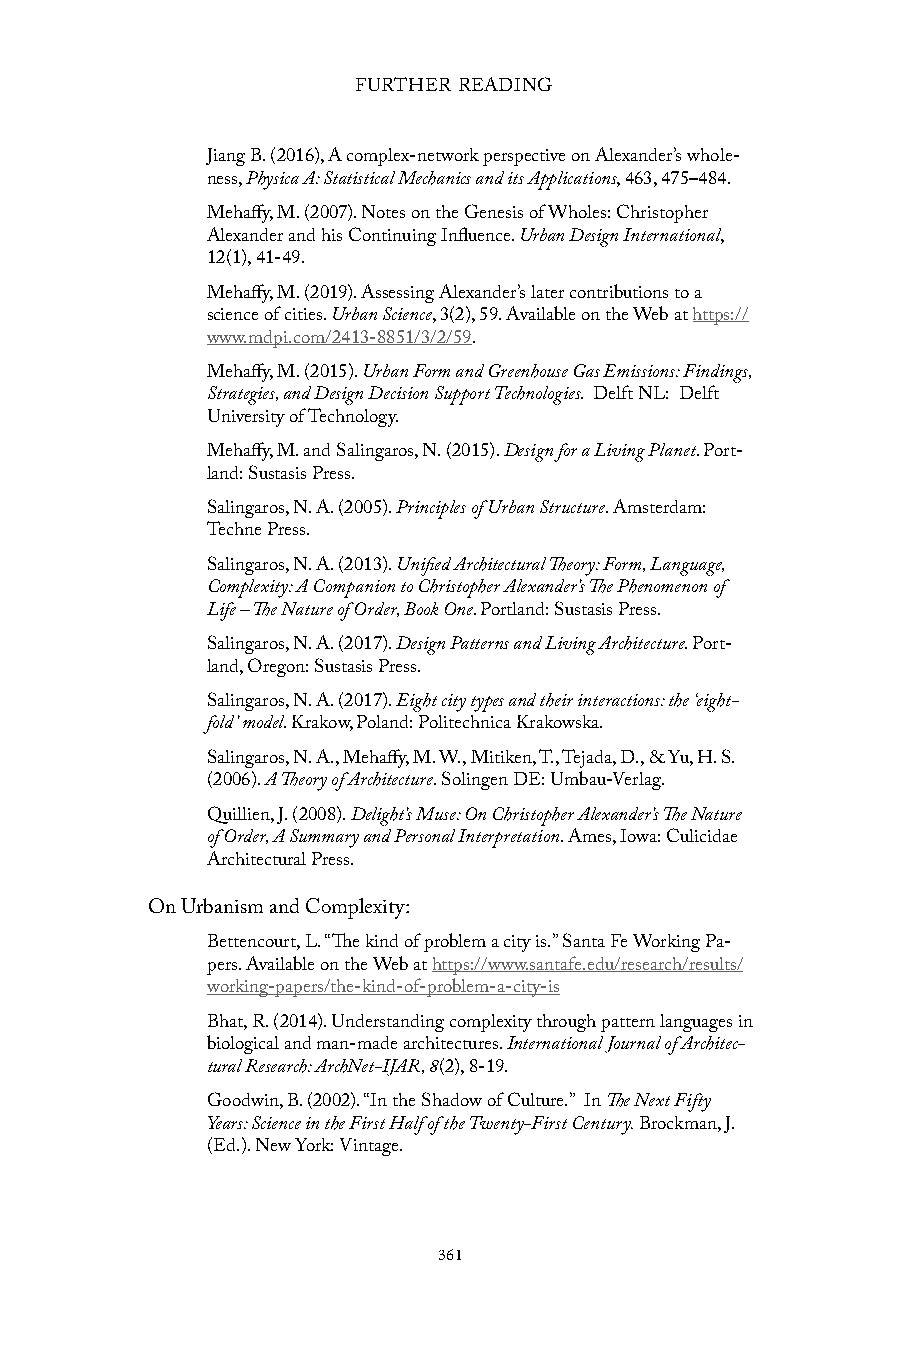
FURTHER READING
 Jiang B. (2016), A complex-network perspective on Alexander’s whole-
 ness, Physica A: Statistical Mechanics and its Applications, 463, 475–484.
 Mehaffy, M. (2007). Notes on the Genesis of Wholes: Christopher
 Alexander and his Continuing Influence. Urban Design International,
 12(1), 41-49.
 Mehaffy, M. (2019). Assessing Alexander’s later contributions to a
 science of cities. Urban Science, 3(2), 59. Available on the Web at https://
 www.mdpi.com/2413-8851/3/2/59.
 Mehaffy, M. (2015). Urban Form and Greenhouse Gas Emissions: Findings,
 Strategies, and Design Decision Support Technologies. Delft NL: Delft
 University of Technology.
 Mehaffy, M. and Salingaros, N. (2015). Design for a Living Planet. Port-
 land: Sustasis Press.
 Salingaros, N. A. (2005). Principles of Urban Structure. Amsterdam:
 Techne Press.
 Salingaros, N. A. (2013). Unified Architectural Theory: Form, Language,
 Complexity: A Companion to Christopher Alexander’s The Phenomenon of
 Life – The Nature of Order, Book One. Portland: Sustasis Press.
 Salingaros, N. A. (2017). Design Patterns and Living Architecture. Port-
 land, Oregon: Sustasis Press.
 Salingaros, N. A. (2017). Eight city types and their interactions: the ‘eight-
 fold’ model. Krakow, Poland: Politechnica Krakowska.
 Salingaros, N. A., Mehaffy, M. W., Mitiken, T., Tejada, D., & Yu, H. S.
 (2006). A Theory of Architecture. Solingen DE: Umbau-Verlag.
 Quillien, J. (2008). Delight’s Muse: On Christopher Alexander’s The Nature
 of Order, A Summary and Personal Interpretation. Ames, Iowa: Culicidae
 Architectural Press.
 On Urbanism and Complexity:
 Bettencourt, L. “The kind of problem a city is.” Santa Fe Working Pa-
 pers. Available on the Web at https://www.santafe.edu/research/results/
 working-papers/the-kind-of-problem-a-city-is
 Bhat, R. (2014). Understanding complexity through pattern languages in
 biological and man-made architectures. International Journal of Architec-
 tural Research: ArchNet-IJAR, 8(2), 8-19.
 Goodwin, B. (2002). “In the Shadow of Culture.” In The Next Fifty
 Years: Science in the First Half of the Twenty-First Century. Brockman, J.
 (Ed.). New York: Vintage.
 361